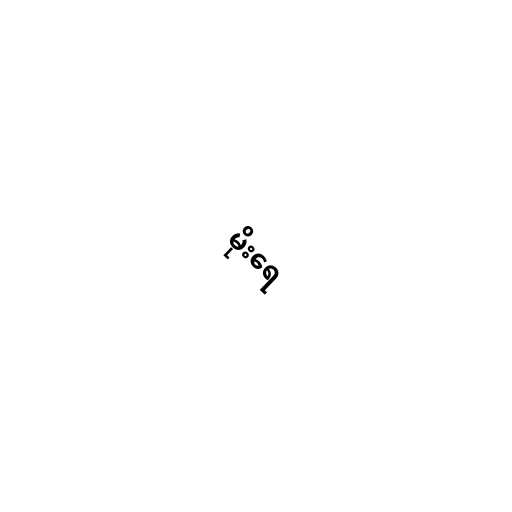
မိုးရေ